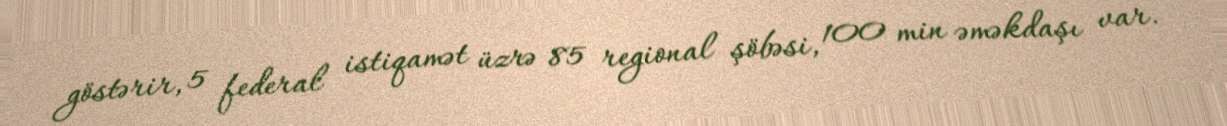
göstərir, 5 federal istiqamət üzrə 85 regional şöbəsi, 100 min əməkdaşı var.